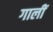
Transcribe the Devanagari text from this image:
गालीं